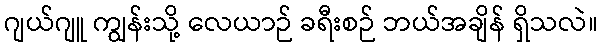
ဂျယ်ဂျူ ကျွန်းသို့ လေယာဉ် ခရီးစဉ် ဘယ်အချိန် ရှိသလဲ။